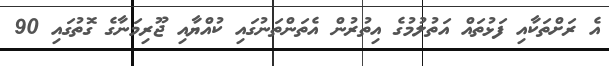
އެ ރަށްތަކާއި ފަޅުތައް އަތުލުމުގެ އިތުރުން އެތަންތަނުގައި ކުއްޔާއި ޖޫރިމަނާގެ ގޮތުގައި 90